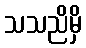
သသညိမှိ